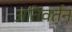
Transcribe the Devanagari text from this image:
अतिवर्तन